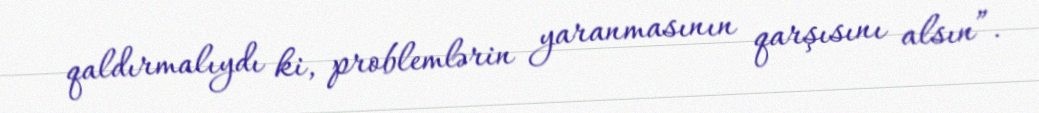
qaldırmalıydı ki, problemlərin yaranmasının qarşısını alsın”.